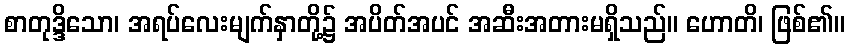
စာတုဒ္ဒိသော၊ အရပ်လေးမျက်နှာတို့၌ အပိတ်အပင် အဆီးအတားမရှိသည်။ ဟောတိ၊ ဖြစ်၏။